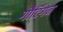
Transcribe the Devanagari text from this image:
गौटिंगन